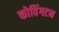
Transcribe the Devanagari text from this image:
कोविंगटन